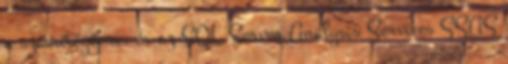
a számítógépre, és az SQL Server Analysis Services SSAS